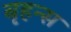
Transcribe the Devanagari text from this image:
बृहन्स